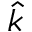
\Hat { k }